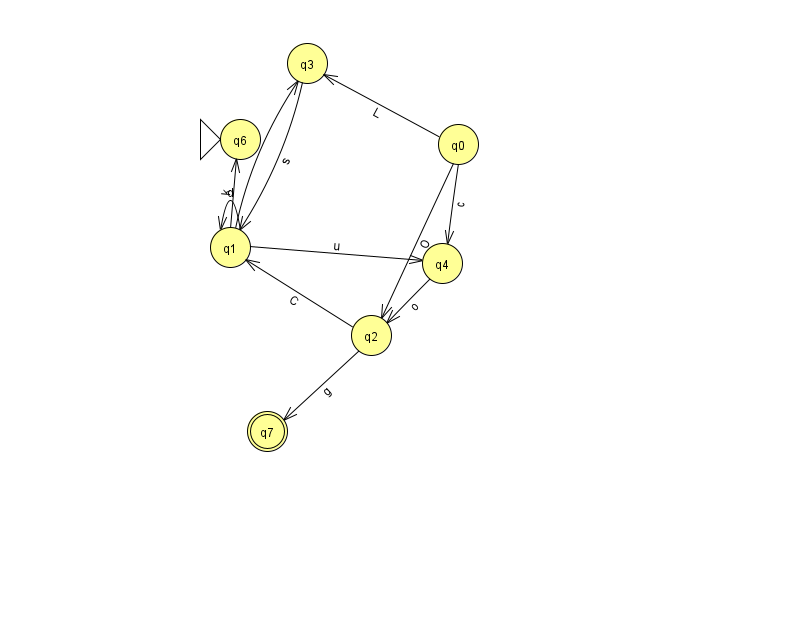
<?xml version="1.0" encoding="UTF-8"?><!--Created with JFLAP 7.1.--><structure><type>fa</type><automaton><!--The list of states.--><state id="0" name="q0"><x>458.0</x><y>131.0</y></state><state id="1" name="q1"><x>230.0</x><y>234.0</y></state><state id="2" name="q2"><x>371.0</x><y>322.0</y></state><state id="3" name="q3"><x>307.0</x><y>50.0</y></state><state id="4" name="q4"><x>442.0</x><y>250.0</y></state><state id="6" name="q6"><x>240.0</x><y>126.0</y><initial/></state><state id="7" name="q7"><x>267.0</x><y>418.0</y><final/></state><!--The list of transitions.--><transition><from>4</from><to>2</to><read>o</read></transition><transition><from>1</from><to>1</to><read>d</read></transition><transition><from>1</from><to>4</to><read>u</read></transition><transition><from>0</from><to>3</to><read>L</read></transition><transition><from>1</from><to>6</to><read>k</read></transition><transition><from>3</from><to>1</to><read>s</read></transition><transition><from>2</from><to>1</to><read>C</read></transition><transition><from>0</from><to>2</to><read>O</read></transition><transition><from>1</from><to>3</to><read>t</read></transition><transition><from>2</from><to>7</to><read>g</read></transition><transition><from>0</from><to>4</to><read>c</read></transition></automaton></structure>